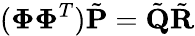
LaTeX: (\boldsymbol{\Phi}\boldsymbol{\Phi}^{T})\tilde{\mathbf{P}}=\tilde{\mathbf{Q}}\tilde{\mathbf{R}}